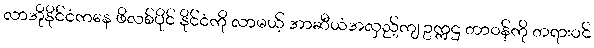
လာအိုနိုင်ငံကနေ ဖိလစ်ပိုင် နိုင်ငံကို လာမယ့် အာဆီယံအလှည့်ကျ ဥက္ကဌ တာဝန်ကို တရားဝင်